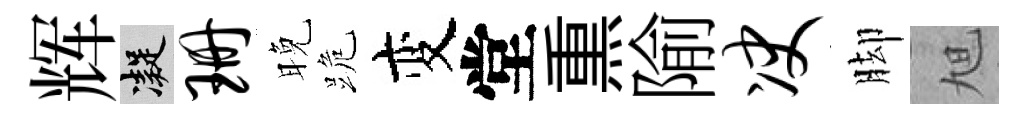
辉凝珊晚跪变堂𤋱隃决脚旭